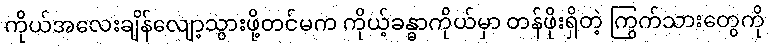
ကိုယ်အလေးချိန်လျော့သွားဖို့တင်မက ကိုယ့်ခန္ဓာကိုယ်မှာ တန်ဖိုးရှိတဲ့ ကြွက်သားတွေကို